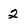
Character: 2